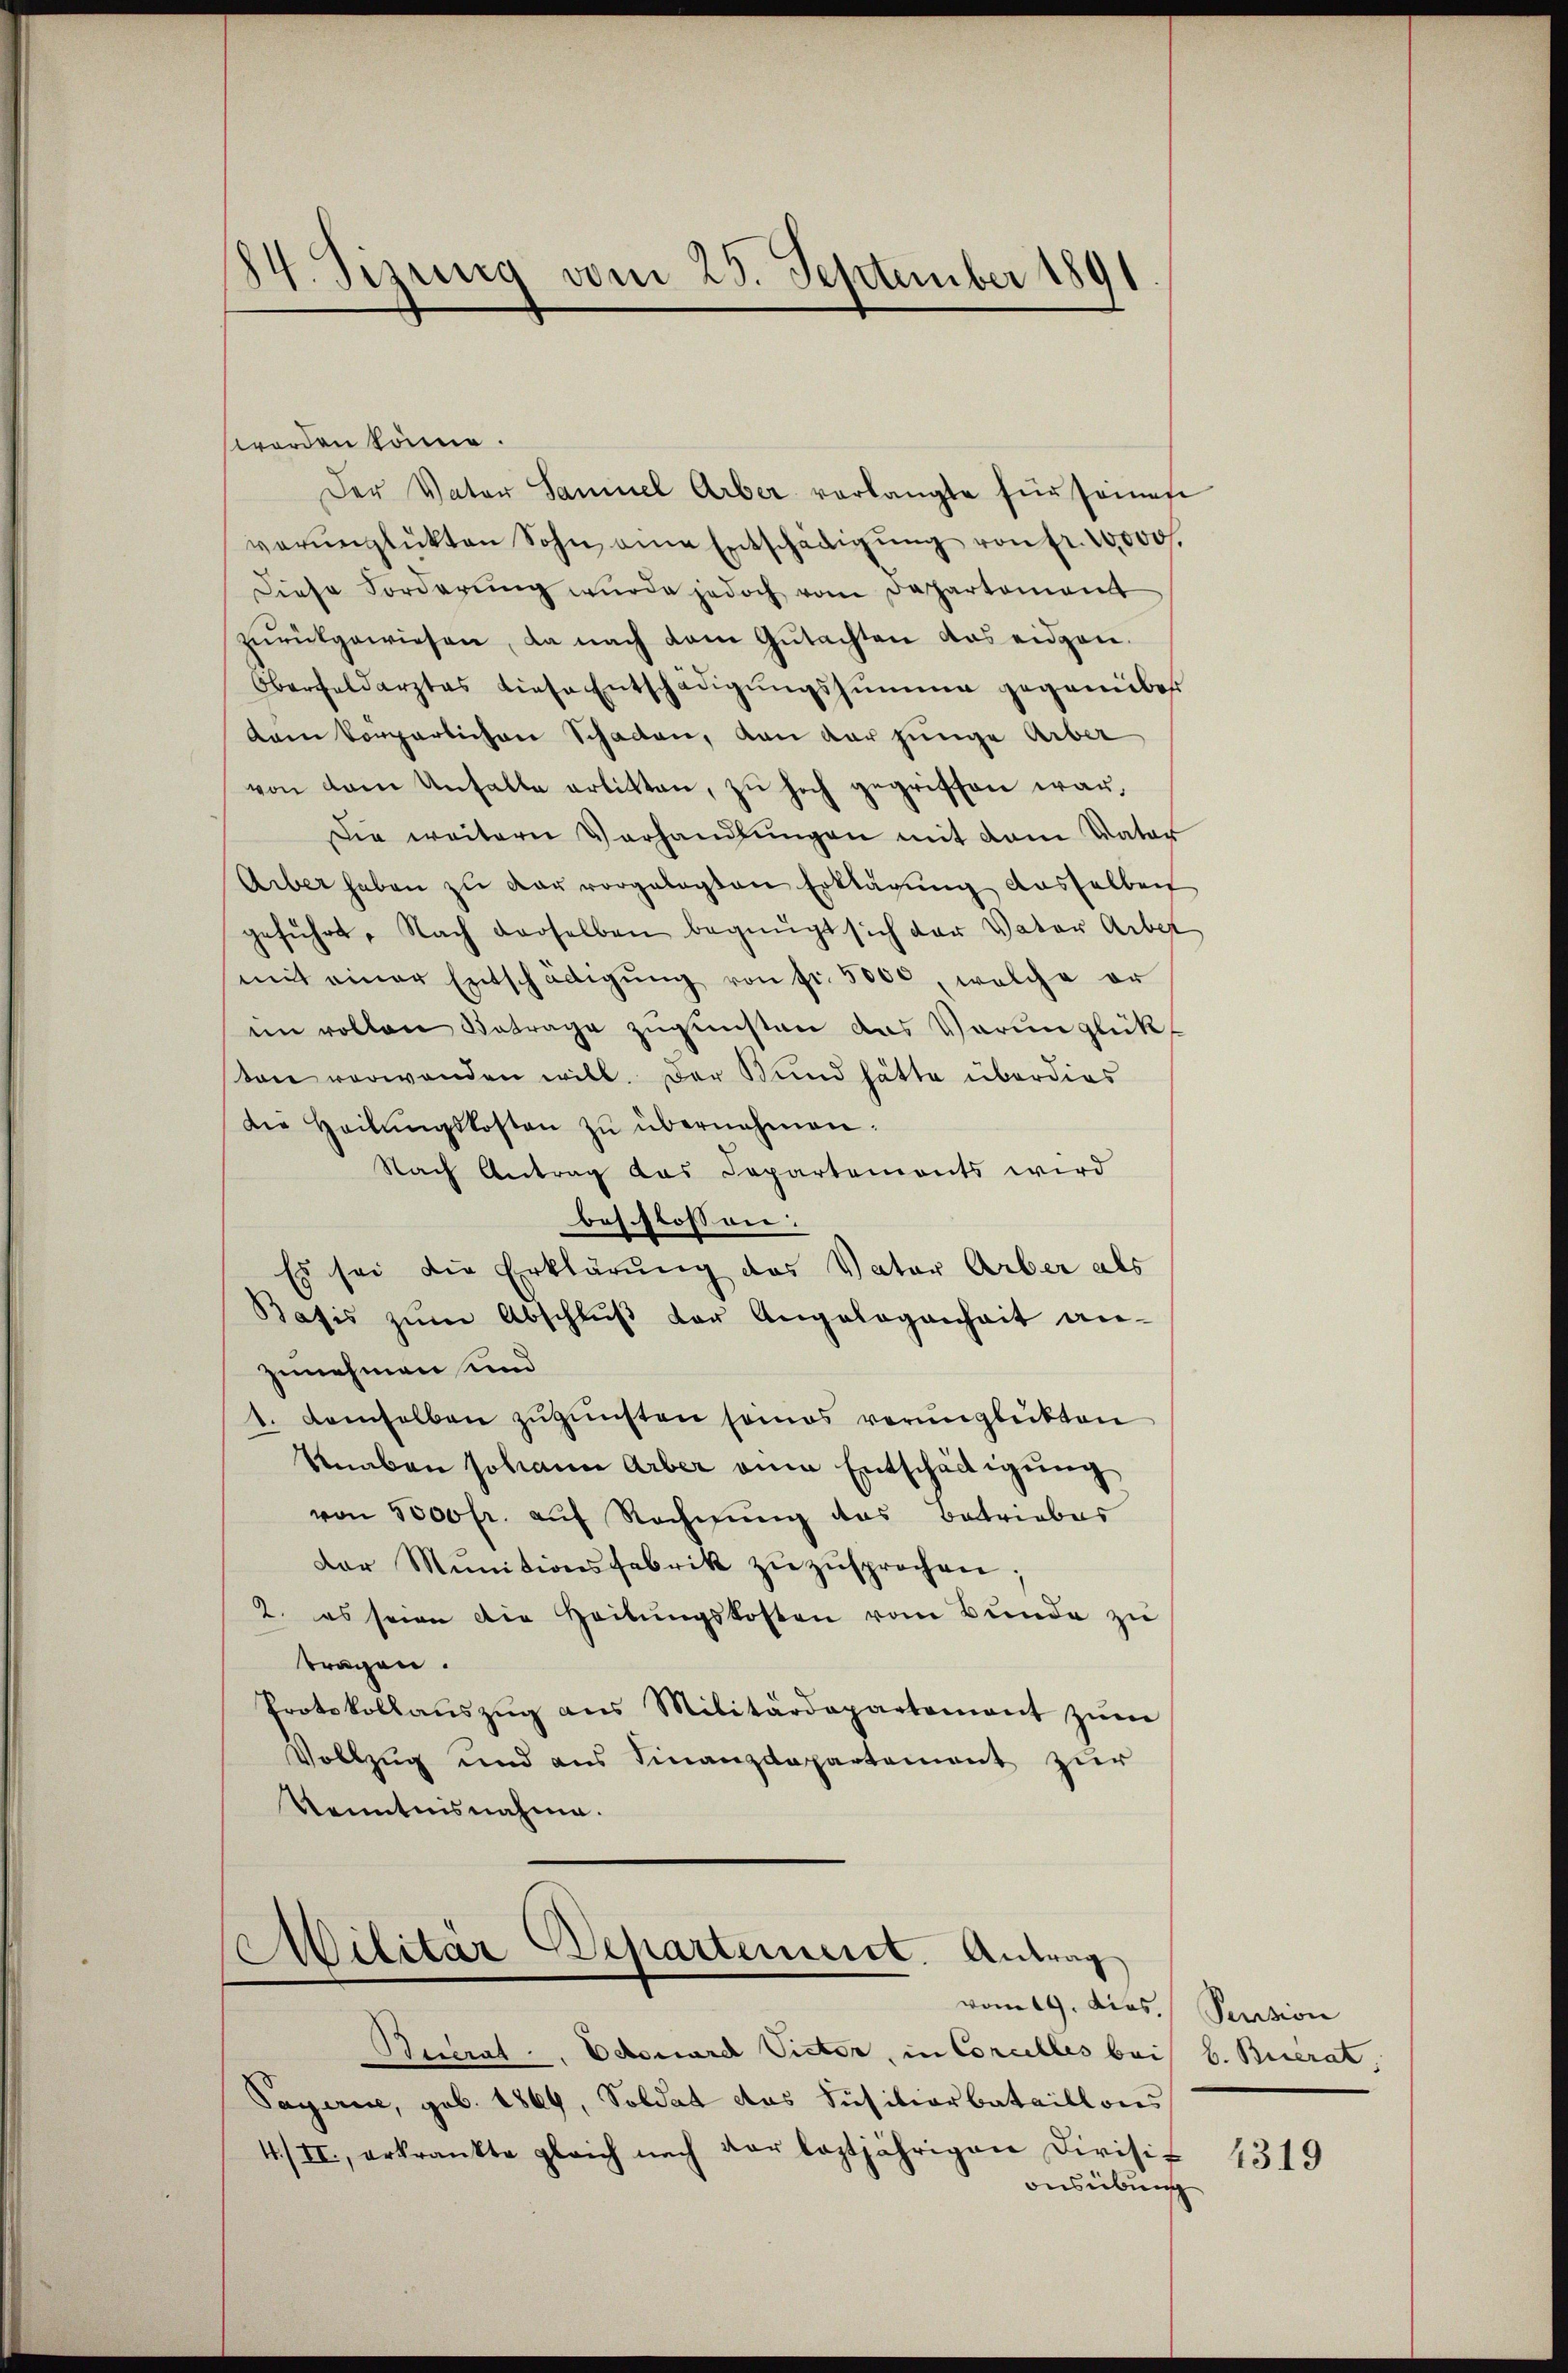
84. Sizig vom 25. September 1891

worden könne.
Der Vater Samuel Arber vorlangte für seines
verŭnglükten Sohn eine Entschädigŭng von fr. 10000 f.
Diese Forderŭng wurde jedoch vom Departement
zurückgewiesen, da nach dem Gutachten das eidgen.
Oberfeldarztes diese Entschädigŭngssumme gegenüber
dam Vorperlichen Schaden, von der junge Arber
von dem Unfalle erlitten, zŭ hoch gegriffen war,
ie weitern Verhandlŭngen mit dem Vater
Arber haben zŭ der vorgelegten Erklärung dasselben
geführt. Nach derselben begnügt sich der Vater Arbet
mit einer Entschädigŭng von fr. 5000, welche er
im vollen Betrage zugunsten das Verunglück
ton verwanden will. Der Bund hätte überdies
die Heilŭngskosten zŭ übernehmen:
Nach Antrag das Capartemonts wird
beschlossen:
Es sei die Erklärung des Vater Arber als
Basis zŭm Abschlŭβ der Angelegenheit an-
zunehmen und
1. demselben zŭgŭnsten seines verunglückten
Knaben Johann Arber eine Entschädigung
von 5000 fr. auf Rechnung das Betriebes
Der Munitionsfabrik zŭzŭsprochen;
2. es seien die Heitŭngskosten vom Bŭnde zŭ
tragen.
Protokollaŭszŭg ans Militärdepartement zŭm
Vollzug und aus Finanzdepartement zur
Kenntnisnahme.

Militär Departement. Antrag
vom 19. Dies. Pecision

Beccrat. Edouard Victor, in Concelles bei b. Berat,
Payerne, geb. 1869, Soldat das Süsiliarbataillons
4/II., erkrankte gleich nach der leztjährigen Divisit
ausübung

4319